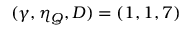
( \gamma , \eta _ { Q } , D ) = ( 1 , 1 , 7 )